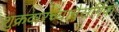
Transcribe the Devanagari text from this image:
शुक्रवारच्यानैसर्गिक